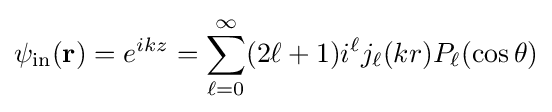
\psi _{\text{in}}(\mathbf {r} )=e^{ikz}=\sum _{\ell =0}^{\infty }(2\ell +1)i^{\ell }j_{\ell }(kr)P_{\ell }(\cos \theta )